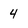
Character: 4